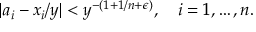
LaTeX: | a _ { i } - x _ { i } / y | < y ^ { - ( 1 + 1 / n + \epsilon ) } , \quad i = 1 , \ldots , n .